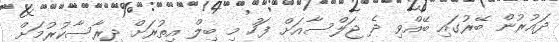
ދައުރުން ބޭރުގައި ބޭއްވި ދެ ޖަލްސާއަށް ފަހު މި ބިލް އިތުރަށް ދިރާސާކުރުމަށް